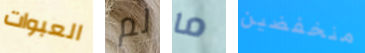
العبوات لم ما منخفضين